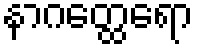
နာဂတ္ထေရော